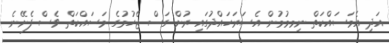
އަދި އެމަސައްކަތް ނިމމުމުން އެސަރަހައްދުގައި ރުށް ގަސް ޖެހުމުގެ މަސައްކަތް ވެސް ފެށޭނެ